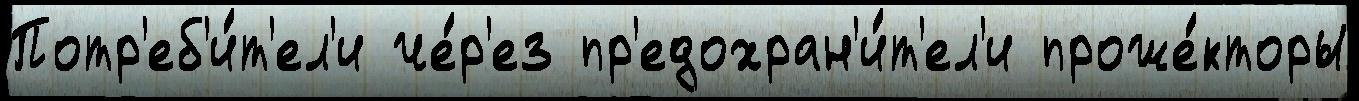
Потр'еб'и́т'ел'и че́р'ез пр'едохран'и́т'ел'и проже́кторы